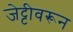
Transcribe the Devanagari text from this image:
जेट्टीवरून